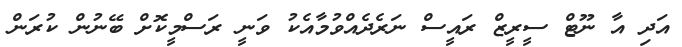
އަދި އާ ނޫޓް ސީރީޒް ރައީސް ނަރެދެއްވުމާއެކު ވަނީ ރަސްމީކޮށް ބޭނުން ކުރަން